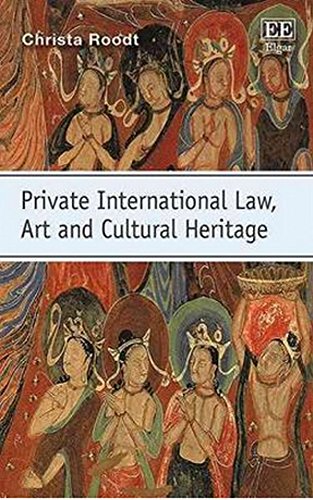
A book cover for Private International Law, Art and Cultural Heritage; Christa Roodt; Law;